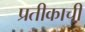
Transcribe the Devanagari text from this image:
प्रतीकाची